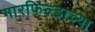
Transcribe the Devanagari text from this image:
गारफिल्डाच्या